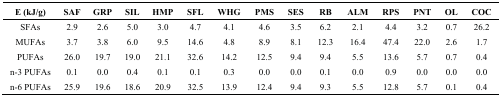
<table><thead><tr><td><b>E (kJ/g)</b></td><td><b>SAF</b></td><td><b>GRP</b></td><td><b>SIL</b></td><td><b>HMP</b></td><td><b>SFL</b></td><td><b>WHG</b></td><td><b>PMS</b></td><td><b>SES</b></td><td><b>RB</b></td><td><b>ALM</b></td><td><b>RPS</b></td><td><b>PNT</b></td><td><b>OL</b></td><td><b>COC</b></td></tr></thead><tbody><tr><td>SFAs</td><td>2.9</td><td>2.6</td><td>5.0</td><td>3.0</td><td>4.7</td><td>4.1</td><td>4.6</td><td>3.5</td><td>6.2</td><td>2.1</td><td>4.4</td><td>3.2</td><td>0.7</td><td>26.2</td></tr><tr><td>MUFAs</td><td>3.7</td><td>3.8</td><td>6.0</td><td>9.5</td><td>14.6</td><td>4.8</td><td>8.9</td><td>8.1</td><td>12.3</td><td>16.4</td><td>47.4</td><td>22.0</td><td>2.6</td><td>1.7</td></tr><tr><td>PUFAs</td><td>26.0</td><td>19.7</td><td>19.0</td><td>21.1</td><td>32.6</td><td>14.2</td><td>12.5</td><td>9.4</td><td>9.4</td><td>5.5</td><td>13.6</td><td>5.7</td><td>0.7</td><td>0.4</td></tr><tr><td>n-3 PUFAs</td><td>0.1</td><td>0.0</td><td>0.4</td><td>0.1</td><td>0.1</td><td>0.3</td><td>0.0</td><td>0.0</td><td>0.1</td><td>0.0</td><td>0.9</td><td>0.0</td><td>0.0</td><td>0.0</td></tr><tr><td>n-6 PUFAs</td><td>25.9</td><td>19.6</td><td>18.6</td><td>20.9</td><td>32.5</td><td>13.9</td><td>12.4</td><td>9.4</td><td>9.3</td><td>5.5</td><td>12.8</td><td>5.7</td><td>0.1</td><td>0.4</td></tr></tbody></table>